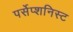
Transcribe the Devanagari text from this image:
पर्सेप्शनिस्ट